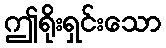
ဤရိုးရှင်းသော